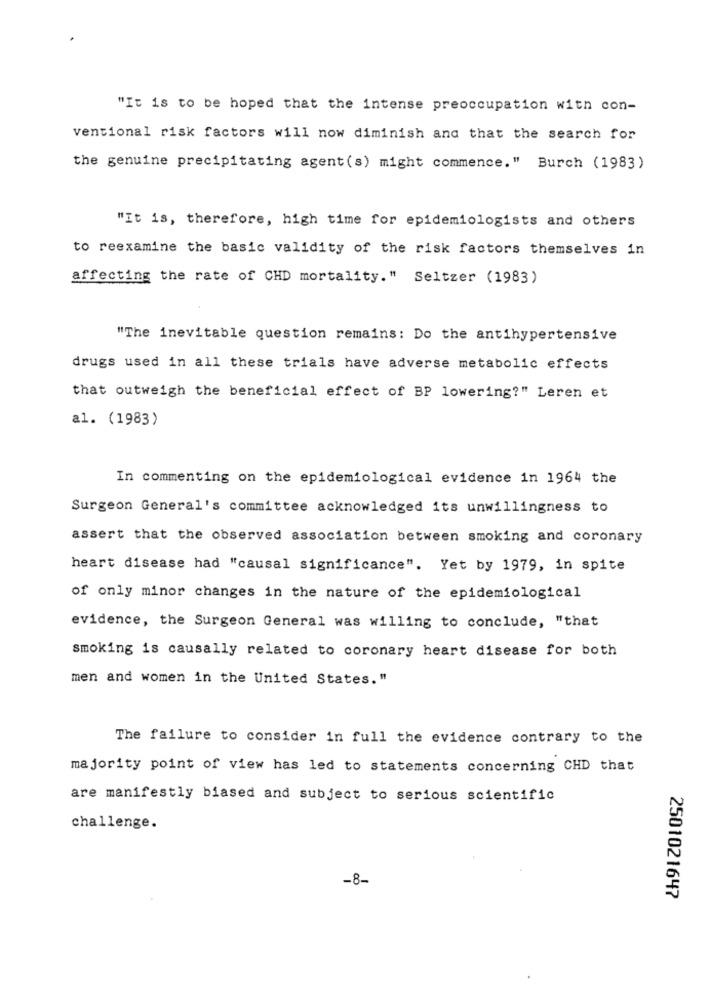
"It is to be hoped that the intense preoccupation with con-
ventional risk factors will now diminish and that the search for
the genuine precipitating agent (s) might commence." Burch (1983)
"It is, therefore, high time for epidemiologists and others
to reexamine the basic validity of the risk factors themselves in
affecting the rate of CHD mortality." Seltzer (1983)
"The inevitable question remains: Do the antihypertensive
drugs used in all these trials have adverse metabolic effects
that outweigh the beneficial effect of BP lowering?" Leren et
al. (1983)
In commenting on the epidemiological evidence in 1964 the
Surgeon General's committee acknowledged its unwillingness to
assert that the observed association between smoking and coronary
heart disease had "causal significance". Yet by 1979, in spite
of only minor changes in the nature of the epidemiological
evidence, the Surgeon General was willing to conclude, "that
smoking is causally related to coronary heart disease for both
men and women in the United States. "
The failure to consider in full the evidence contrary to the
majority point of view has led to statements concerning CHD that
are manifestly biased and subject to serious scientific
challenge.
-8-
2501021647